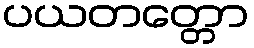
ပယတတ္တော